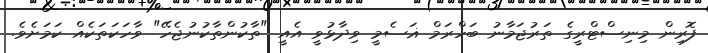
ފޮރިން މިނިސްޓްރީގެ ތަރުޖަމާނު ބަހްރަމް ޣަސެމީ ވިދާޅުވީ އެއީ "ތާކުންތާކުނުޖެހޭ" ވާހަކަތަކެއް ކަމަށެވެ.